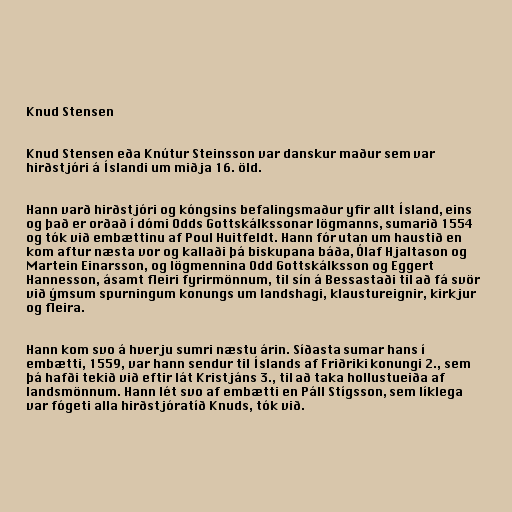
Knud Stensen

Knud Stensen eða Knútur Steinsson var danskur maður sem var
hirðstjóri á Íslandi um miðja 16. öld.

Hann varð hirðstjóri og kóngsins befalingsmaður yfir allt Ísland, eins
og það er orðað í dómi Odds Gottskálkssonar lögmanns, sumarið 1554
og tók við embættinu af Poul Huitfeldt. Hann fór utan um haustið en
kom aftur næsta vor og kallaði þá biskupana báða, Ólaf Hjaltason og
Martein Einarsson, og lögmennina Odd Gottskálksson og Eggert
Hannesson, ásamt fleiri fyrirmönnum, til sín á Bessastaði til að fá svör
við ýmsum spurningum konungs um landshagi, klaustureignir, kirkjur
og fleira.

Hann kom svo á hverju sumri næstu árin. Síðasta sumar hans í
embætti, 1559, var hann sendur til Íslands af Friðriki konungi 2., sem
þá hafði tekið við eftir lát Kristjáns 3., til að taka hollustueiða af
landsmönnum. Hann lét svo af embætti en Páll Stígsson, sem líklega
var fógeti alla hirðstjóratíð Knuds, tók við.